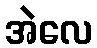
အဲလေ